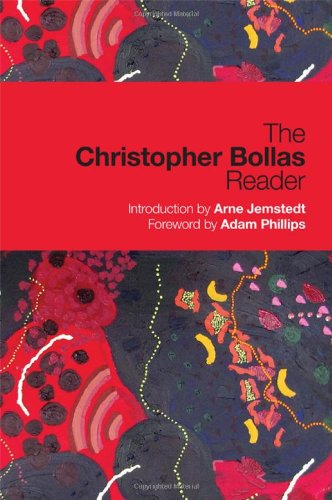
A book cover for The Christopher Bollas Reader; Christopher Bollas; Medical Books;